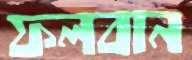
ফলবান